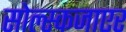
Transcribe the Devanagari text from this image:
सोल्स्कजाएर